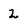
Character: 2